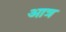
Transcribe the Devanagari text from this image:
आत्र